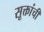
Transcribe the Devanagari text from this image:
सूक्तांची